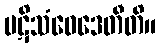
ပဋိသံဝေဒေတီတိ။